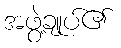
အဖွဲ့ချုပ်၏